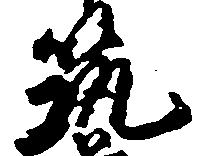
筑